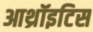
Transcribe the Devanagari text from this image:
आथ्रॉइटिस